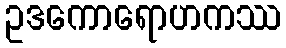
ဥဒကောရောဟကဿ